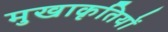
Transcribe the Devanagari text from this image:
मुखाकृतियों